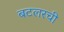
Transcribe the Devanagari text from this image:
बटलरची